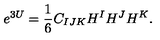
e ^ { 3 U } = { \frac { 1 } { 6 } } C _ { I J K } H ^ { I } H ^ { J } H ^ { K } .